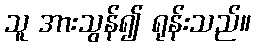
သူ အားသွန်၍ ရုန်းသည်။